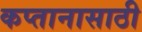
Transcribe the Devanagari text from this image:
कप्तानासाठी